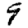
Digit: 9